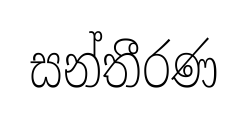
සන්තීරණ